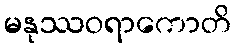
မနုဿဝရာကောတိ